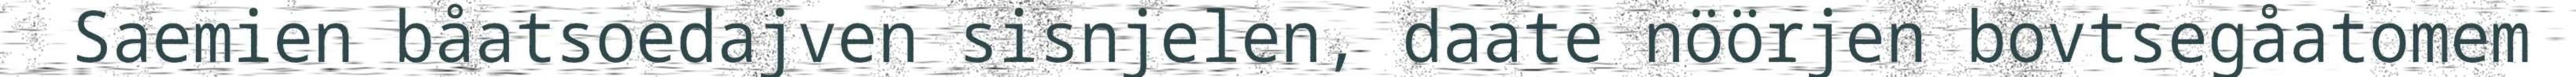
Saemien båatsoedajven sisnjelen, daate nöörjen bovtsegåatomem